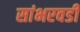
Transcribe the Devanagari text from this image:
सांभरवडी